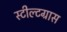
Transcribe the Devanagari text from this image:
स्टील्टग्रास